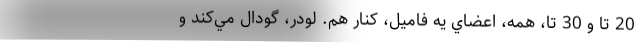
20 تا و 30 تا، همه، اعضاي يه فاميل، كنار هم. لودر، گودال مي‌كند و